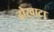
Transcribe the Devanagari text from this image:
ढोरवाटा